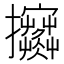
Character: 𢺦